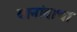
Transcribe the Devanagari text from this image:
यानांवाचा